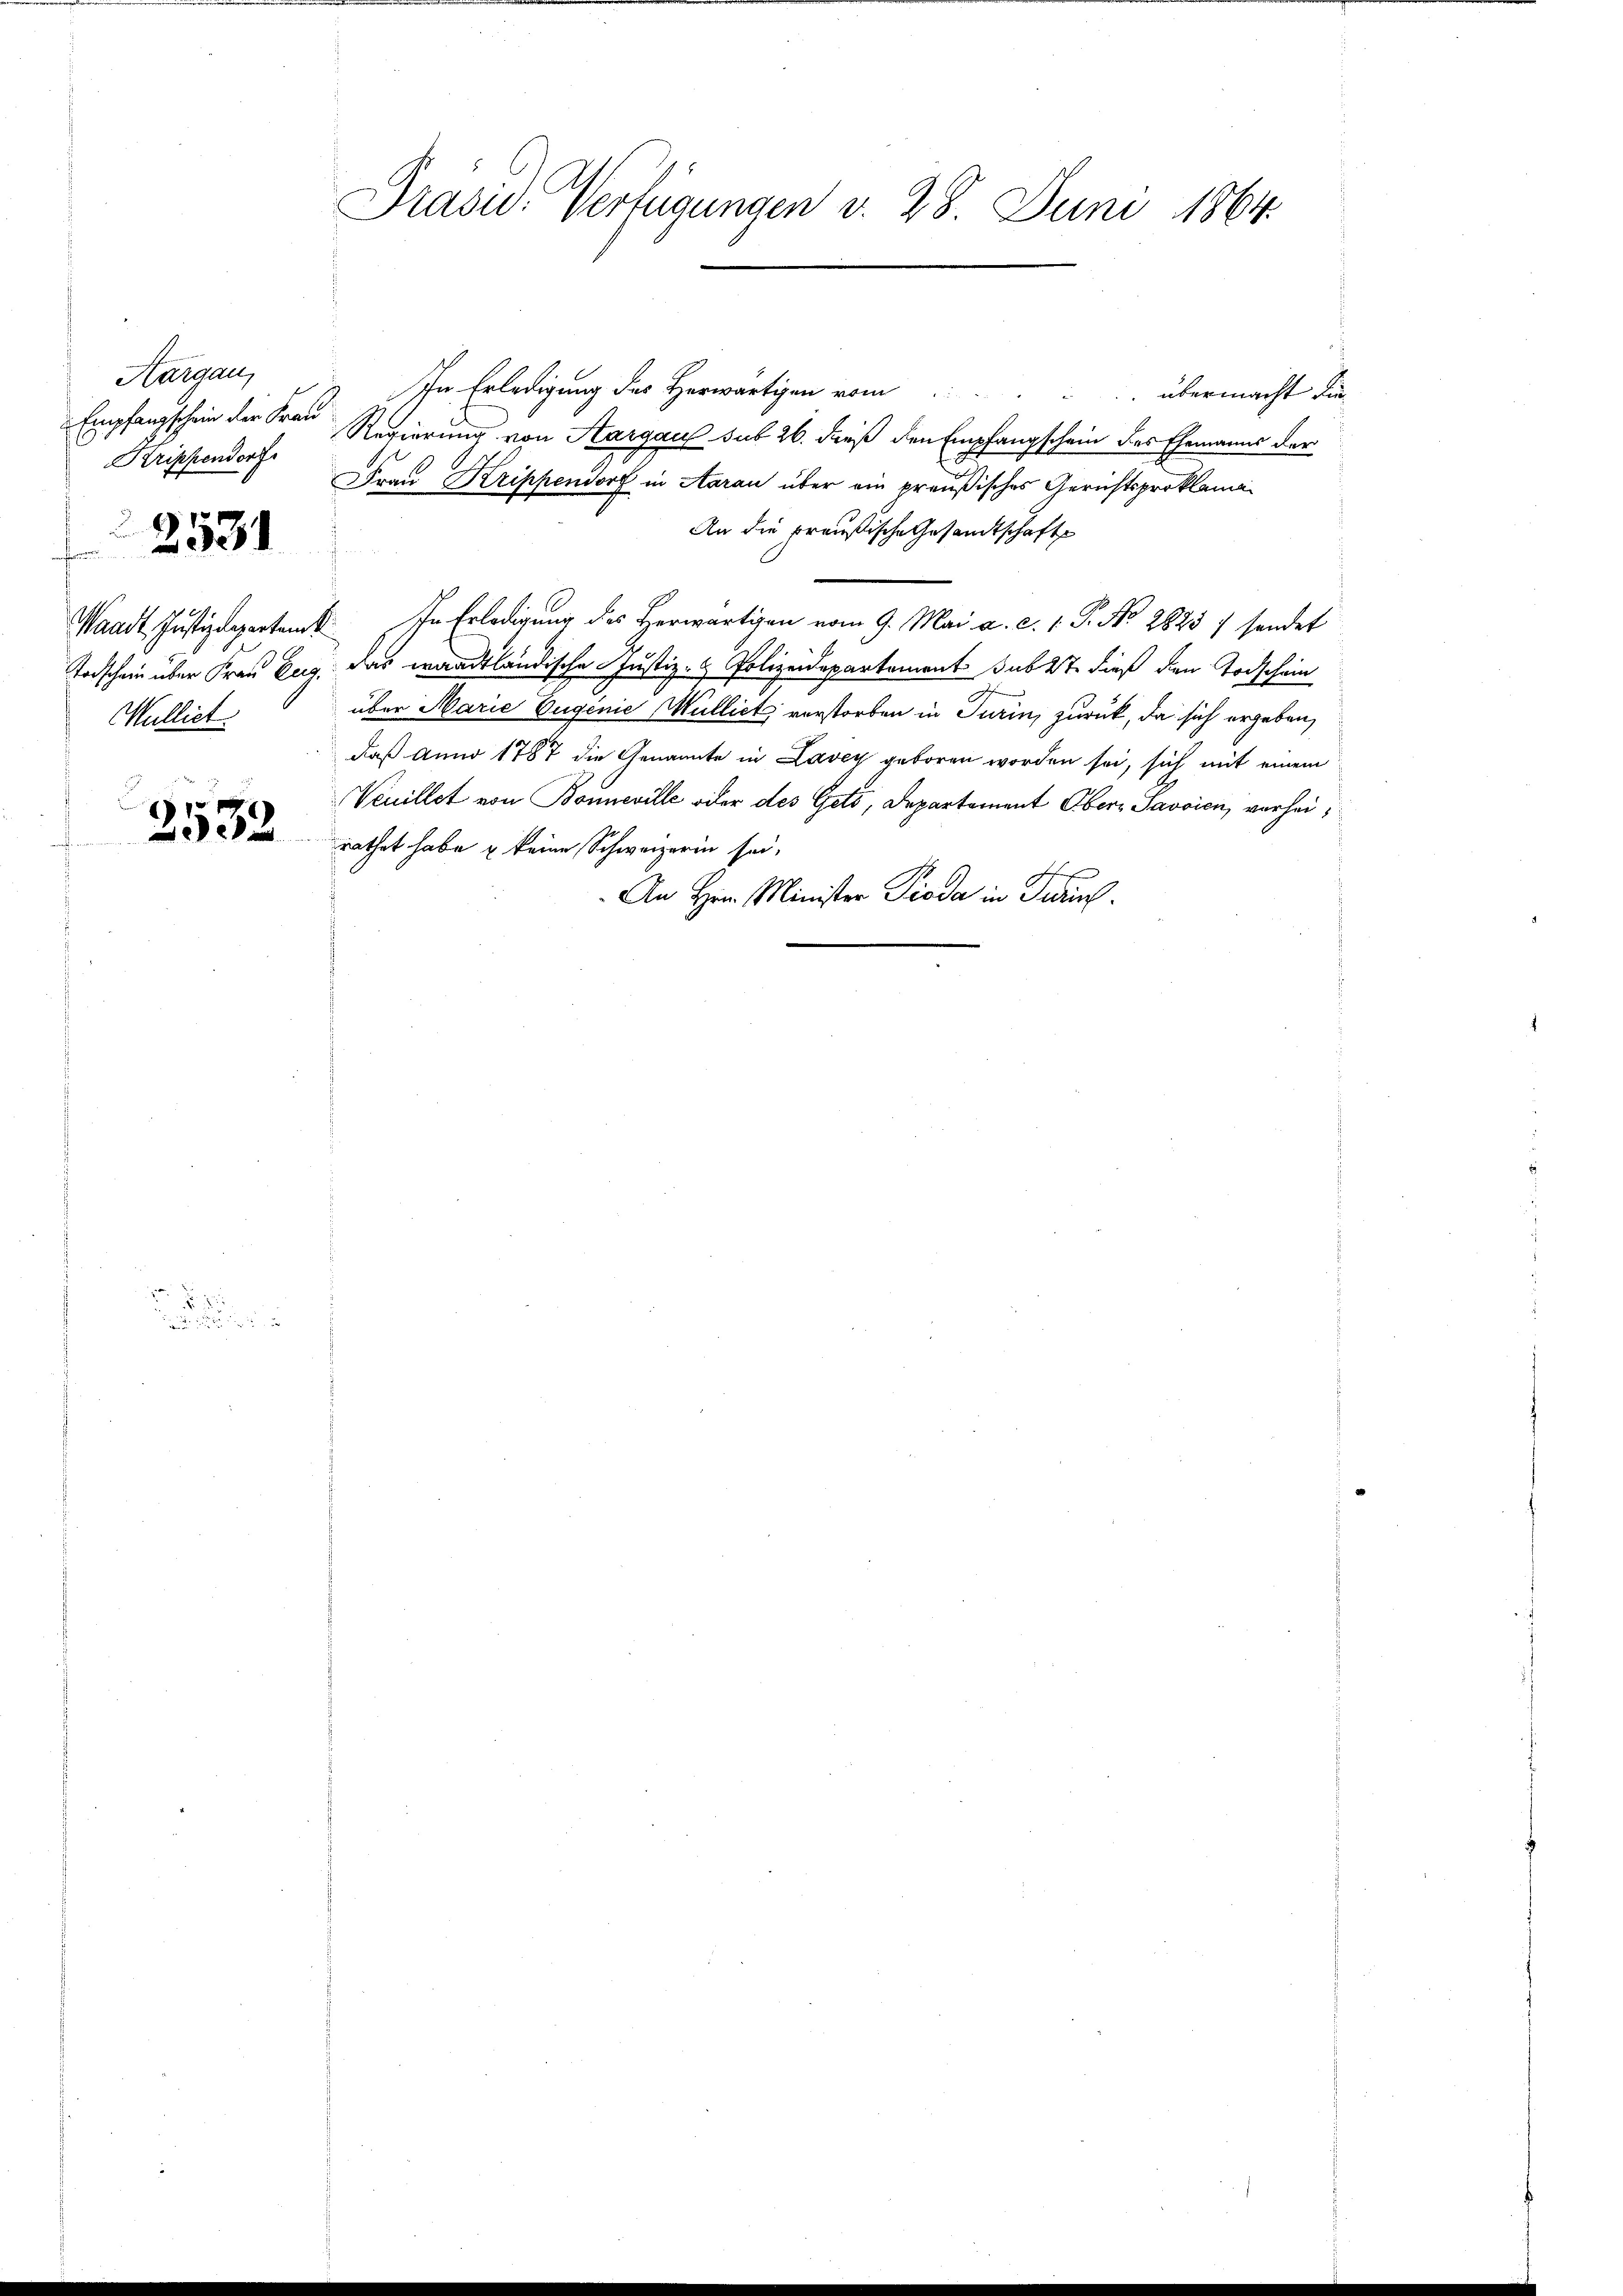
Aargau,
Empfangschein der Frau
Krippendorf
Waadt, Justizdepartenk
Mulliet.

2531

1
2032

Präsid. Verfügungen v. 28. Juni 1864.

In Erledigung des Herwärtigen vom..... übermacht die
Regierung von Aargau sub 26. dieß den Empfangschein des Ehemanns der
Frau Krippendorf in Aarau über ein preußisches Gerichtsproklama¬
An die preußische Gesandtschaft
In Erledigung des Herwärtigen vom 9. Mai a. c. 1. P. No. 2825 / sendet
Todschein über Frau Burg. das waadtländische Justiz- & Polizeidepartement sub 27. dieß den Todschein
über Marie Eugenie Mulliet verstorben in Turin, zurück, da sich ergeben,
daß Anno 1787 die Genannte in Lavey geboren worden sei, sich mit einem
Venillet von Bonneville oder des Gets, Departement Obern Savoicn, verheirathet habe & keine Schweizerin sei,
An Hrn. Minister Pioda in Frau.